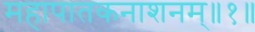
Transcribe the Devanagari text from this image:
महापातकनाशनम्‌॥१॥